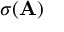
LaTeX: \sigma ( \mathbf { A } )